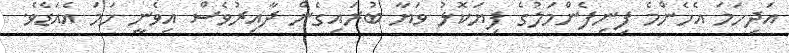
އަދިހަމަ އެހެންމެ ފިނިފެންމަލުގެ ފިޔަކޮޅު ވަޔާ ބުރައިގެން ދާއިރުވެސް އިވެނީ ހަމަ އެއަޑެވެ.